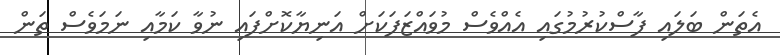
އެތަން ބަލައި ފާސްކުރުމުގައި އެއްވެސް މުވައްޒަފަކަށް އަނިޔާކޮށްފައި ނުވާ ކަމާއި ނަމަވެސް ތަން